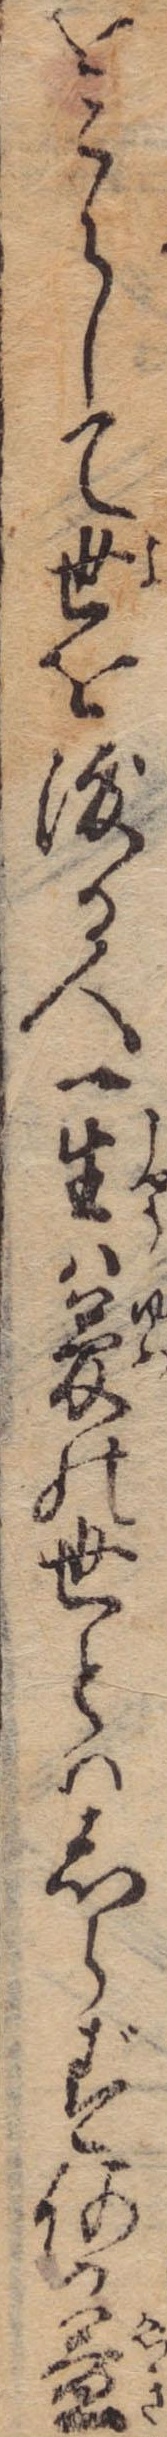
をこらして世を渡る人一生は夢の世とはしらず何か益